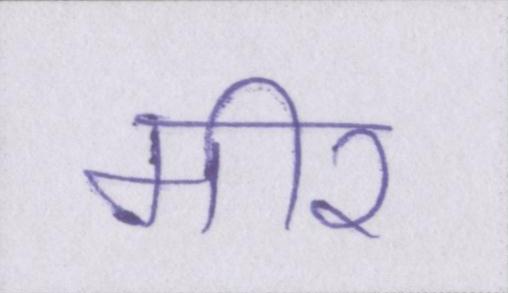
मीर